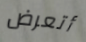
أتعرض